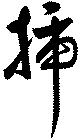
挿